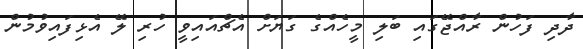
ދާދި ފަހުން ރާއްޖޭގައި ބަލި މީހެއްގެ ގަޔަށް އެޗްއައިވީ ހުރި ލޭ އެޅިފައިވުމުން